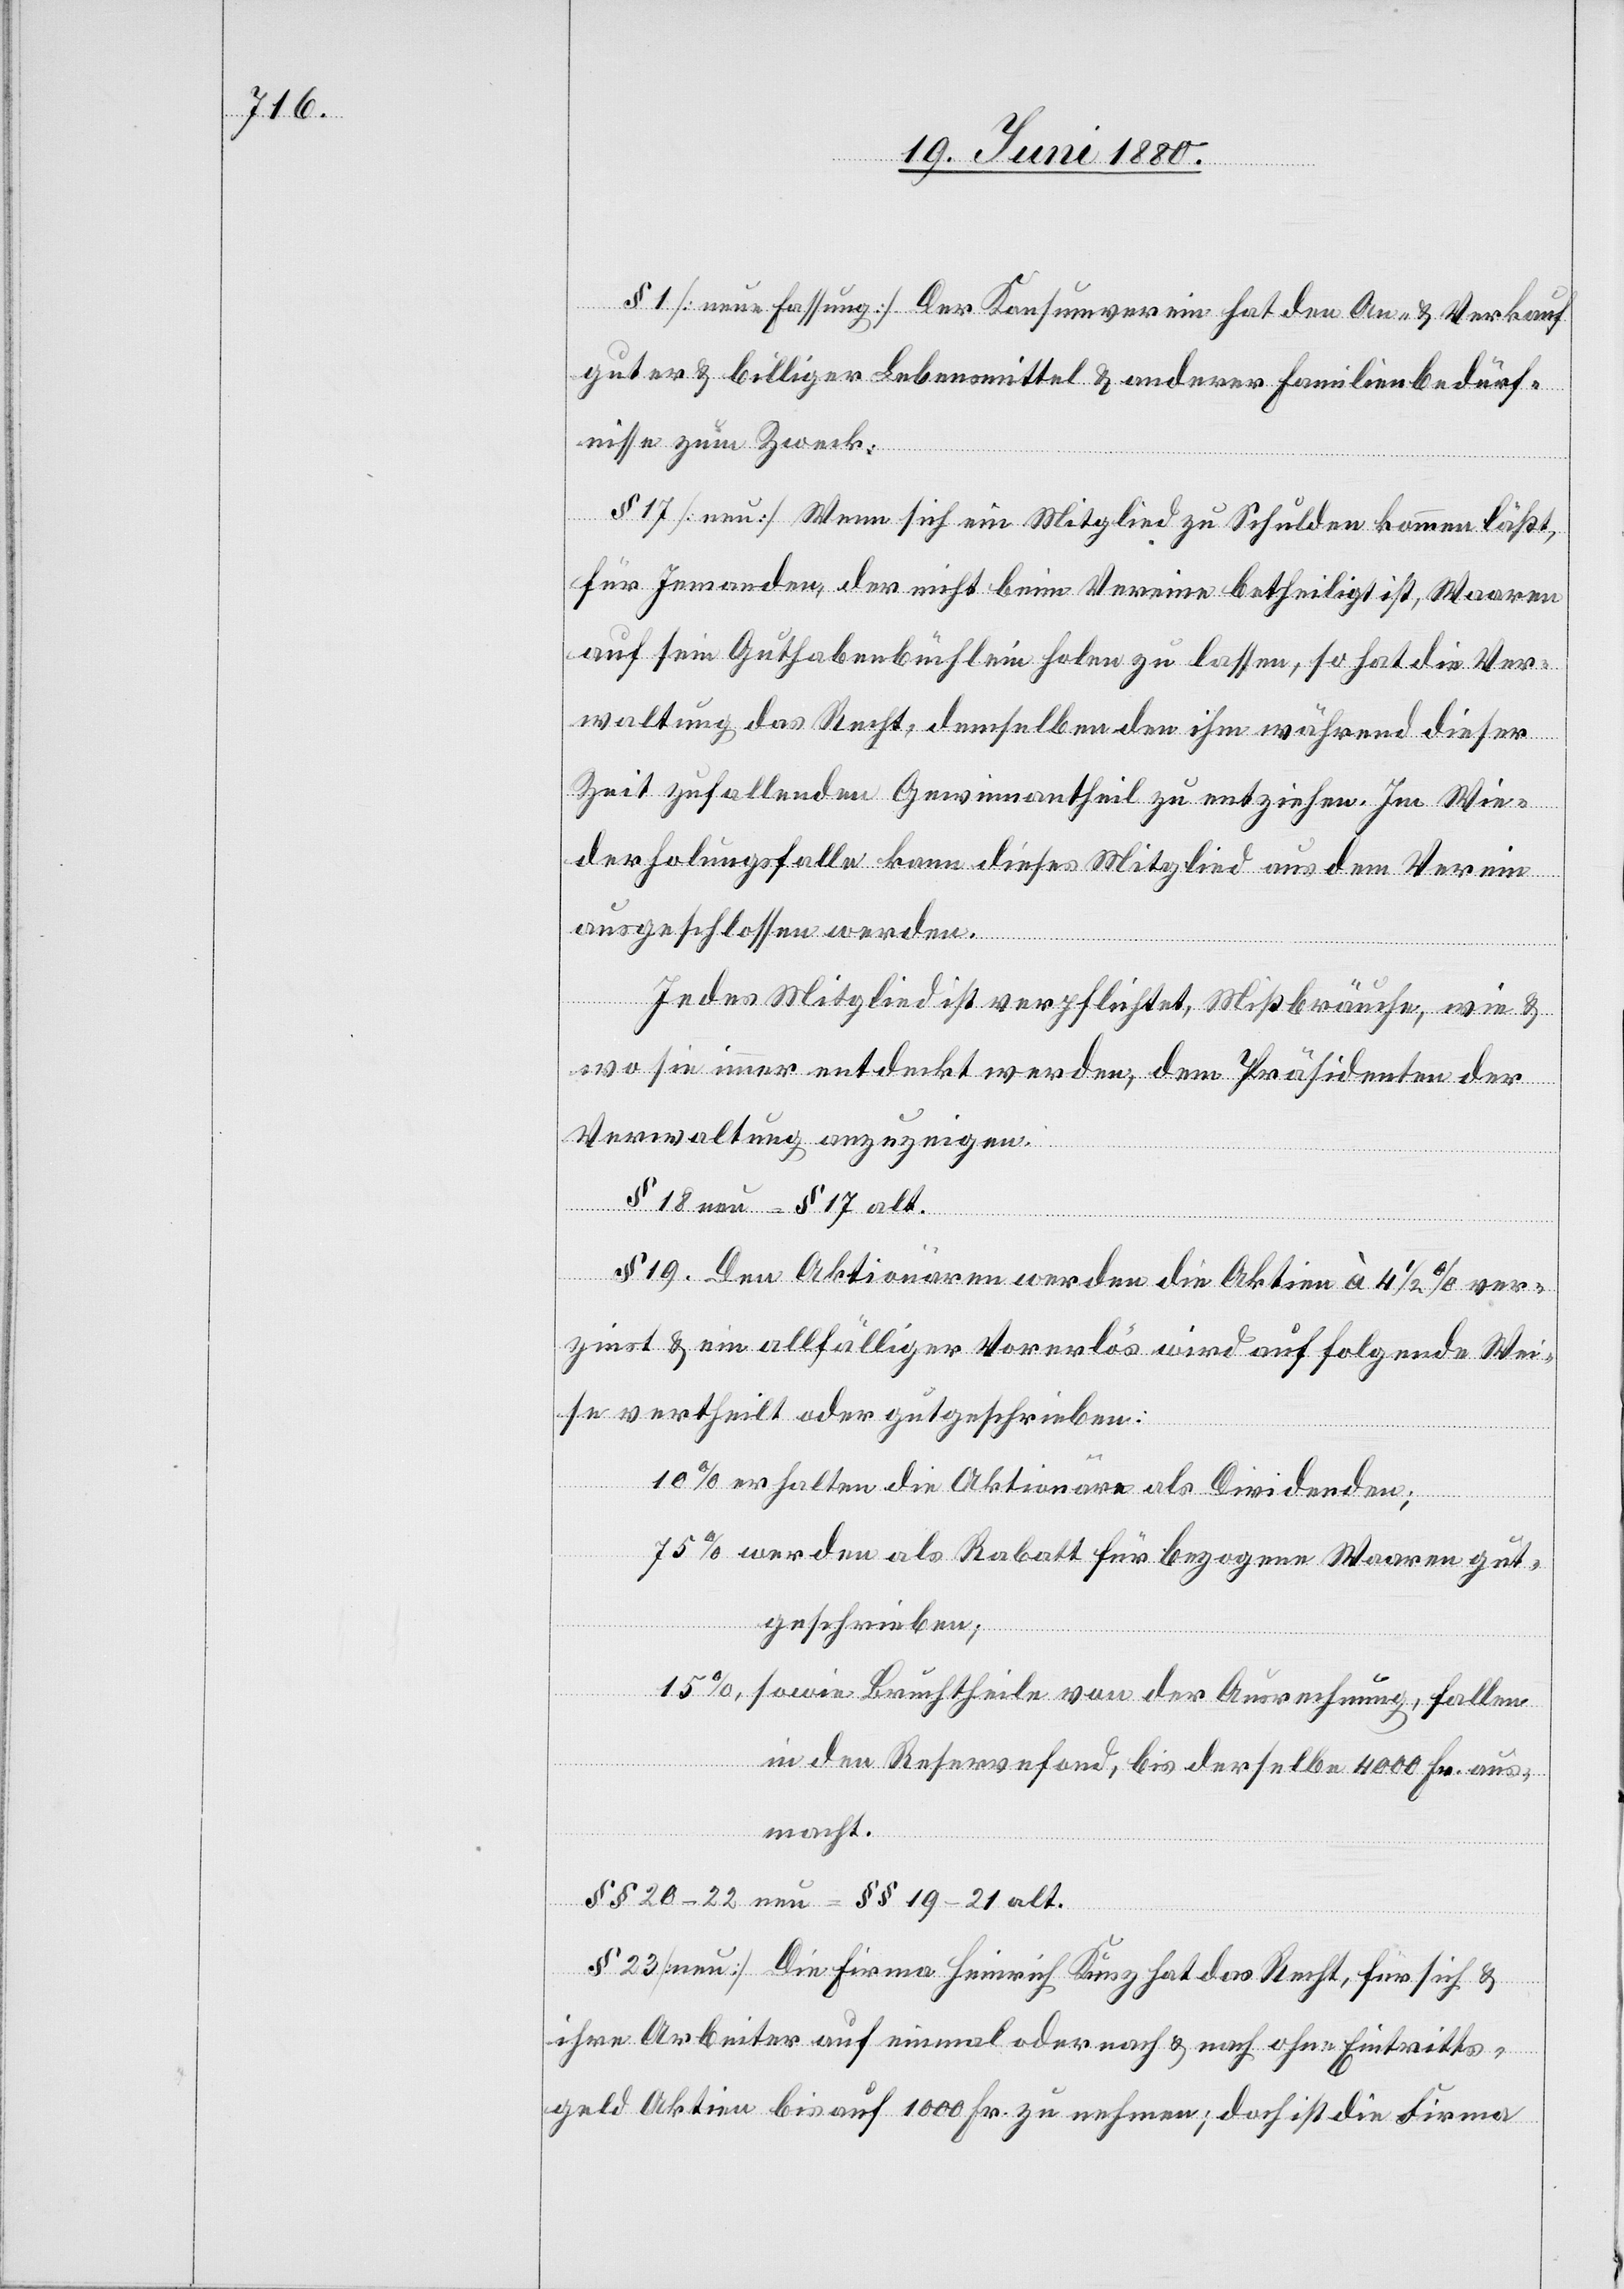
§ 1. [neue Fassung] Der Konsumverein hat den An- & Verkauf
guter & billiger Lebensmittel & anderer Familienbedürf¬
nisse zum Zweck.
§ 17 [neu] Wenn sich ein Mitglied zu Schulden kommen läßt,
für Jemanden, der nicht beim Vereine betheiligt ist, Waaren
auf sein Guthabenbüchlein holen zu lassen, so hat die Ver¬
waltung das Recht, demselben den ihm während dieser
Zeit zufallenden Gewinnantheil zu entziehen. Im Wie¬
derholungsfalle kann dieses Mitglied aus dem Verein
ausgeschlossen werden.
Jedes Mitglied ist verpflichtet, Mißbräuche, wie &
wo sie immer entdeckt werden, dem Präsidenten der
Verwaltung anzuzeigen.
§ 18 neu – § 17 alt.
§ 19. Den Aktionären werden die Aktien à 41/2% ver¬
zinst & ein allfälliger Vorerlös wird auf folgende Wei¬
se vertheilt oder gutgeschrieben:
10% erhalten die Aktionäre als Dividenden;
75% werden als Rabatt für bezogene Waaren gut¬
geschrieben;
15%, sowie Bruchtheile von der Ausrechnung, fallen
in den Reservefond, bis derselbe 4000 Fr. aus¬
macht.
§§ 20–22 neu – §§ 19–21 alt.
§ 23 [neu]. Die Firma Heinrich Kunz hat das Recht, für sich &
ihre Arbeiter auf einmal oder nach & nach ohne Eintritts¬
geld Aktien bis auf 1000 Fr. zu nehmen; doch ist die Firma